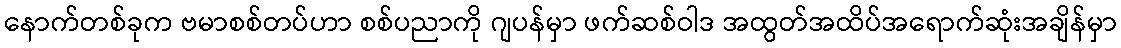
နောက်တစ်ခုက ဗမာစစ်တပ်ဟာ စစ်ပညာကို ဂျပန်မှာ ဖက်ဆစ်ဝါဒ အထွတ်အထိပ်အရောက်ဆုံးအချိန်မှာ